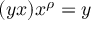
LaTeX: ( y x ) x ^ { \rho } = y